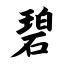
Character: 碧